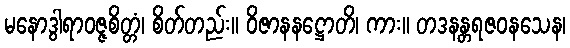
မနောဒွါရာဝဇ္ဇစိတ္တံ၊ စိတ်တည်း။ ဝိဇာနနဋ္ဌောတိ၊ ကား။ တဒနန္တရဇဝနသေန၊